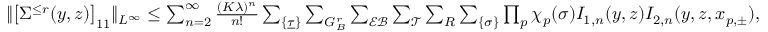
\begin{array} { r } { \Vert \big [ \Sigma ^ { \le r } ( y , z ) \big ] _ { 1 1 } \Vert _ { L ^ { \infty } } \le \sum _ { n = 2 } ^ { \infty } \frac { ( K \lambda ) ^ { n } } { n ! } \sum _ { \{ \underline { \tau } \} } \sum _ { { \cal G } _ { { \cal B } } ^ { r } } \sum _ { \mathcal { E B } } \sum _ { \mathcal { T } } \sum _ { R } \sum _ { \{ \sigma \} } \prod _ { p } \chi _ { p } ( \sigma ) { \cal I } _ { 1 , n } ( y , z ) { \cal I } _ { 2 , n } ( y , z , x _ { p , \pm } ) , } \end{array}